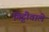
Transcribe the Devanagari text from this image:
गिट्टीवाले